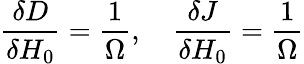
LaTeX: \frac{\delta D}{\delta H_{0}}=\frac{1}{\Omega},\quad\frac{\delta J}{\delta H_{0}}=\frac{1}{\Omega}